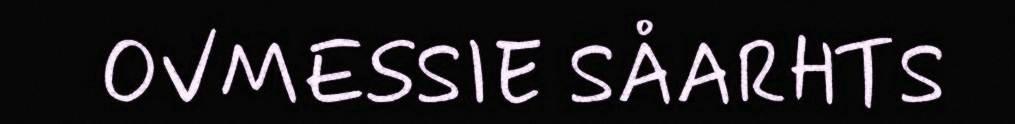
OVMESSIE SÅARHTS